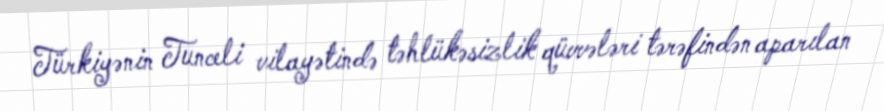
Türkiyənin Tunceli vilayətində təhlükəsizlik qüvvələri tərəfindən aparılan